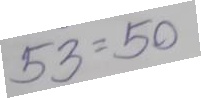
53 = 50